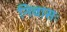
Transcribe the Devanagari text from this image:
निवासः